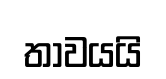
තාවයයි